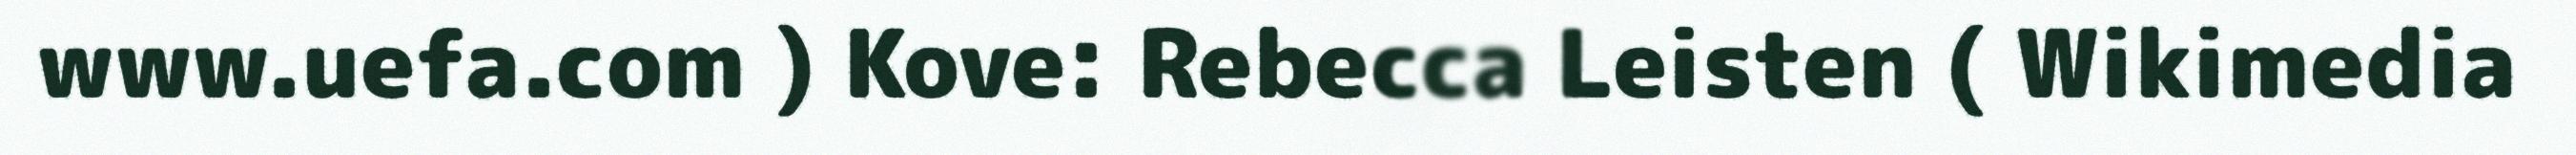
www.uefa.com ) Kove: Rebecca Leisten ( Wikimedia